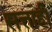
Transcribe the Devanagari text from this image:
सत्ताही